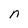
Character: n